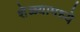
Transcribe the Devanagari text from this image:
शेळ्यामध्ये